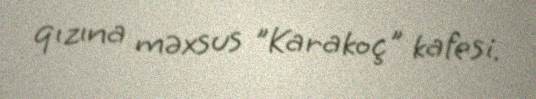
qızına məxsus "Karakoç" kafesi.